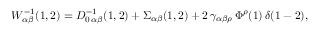
W _ { \alpha \beta } ^ { - 1 } ( 1 , 2 ) = D _ { 0 \, \alpha \beta } ^ { - 1 } ( 1 , 2 ) + \Sigma _ { \alpha \beta } ( 1 , 2 ) + 2 \, \gamma _ { \alpha \beta \rho } \, \Phi ^ { \rho } ( 1 ) \, \delta ( 1 - 2 ) ,